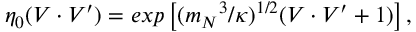
\eta _ { 0 } ( V \cdot V ^ { \prime } ) = e x p \left[ ( { m _ { N } } ^ { 3 } / \kappa ) ^ { 1 / 2 } ( V \cdot V ^ { \prime } + 1 ) \right] ,